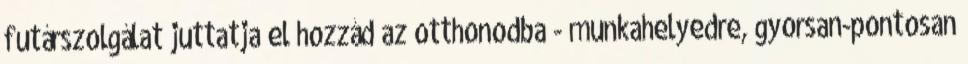
futárszolgálat juttatja el hozzád az otthonodba - munkahelyedre, gyorsan-pontosan